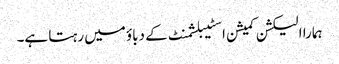
ہمارا الیکشن کمیشن اسٹیبلشمنٹ کے دباؤ میں رہتا ہے۔